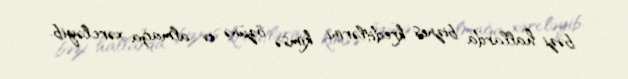
bəzi hallarda biznes kreditlərini kimsə özünə ev almağa xərcləyib.